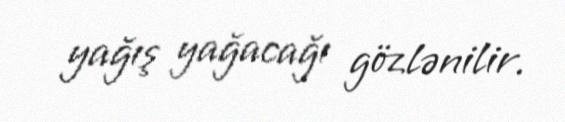
yağış yağacağı gözlənilir.